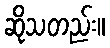
ဆိုသတည်း။